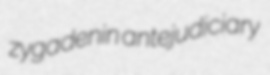
zygadenin antejudiciary